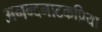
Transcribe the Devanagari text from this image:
अनन्दनाटकप्रिया